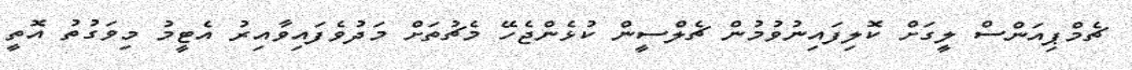
ޗެމްޕިއަންސް ލީގަށް ކޮލިފައިނުވުމުން ޗެލްސީން ކުޅެންޖެހޭ މެޗުތަށް މަދުވެފައިވާއިރު އެޓީމު މިވަގުތު އޮތީ